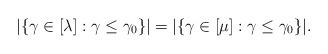
LaTeX: \begin{align*}|\{\gamma\in[\lambda]:\gamma \leq \gamma_0\}|= |\{\gamma\in[\mu ]:\gamma \leq \gamma_0\}|.\end{align*}